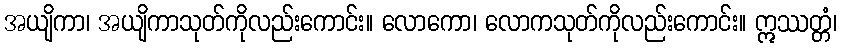
အယျိကာ၊ အယျိကာသုတ်ကိုလည်းကောင်း။ လောကော၊ လောကသုတ်ကိုလည်းကောင်း။ ဣဿတ္တံ၊